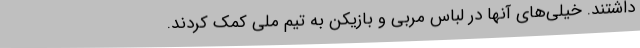
داشتند. خیلی‌های آنها در لباس مربی و بازیکن به تیم ملی کمک کردند.